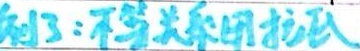
例3：不等关系的认识